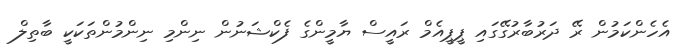
އެހެންކަމުން ރޭ ދަރުބާރުގޭގައި ޕީޕީއެމް ރައީސް ޔާމީންގެ ފެކްޝަނުން ނިންމި ނިންމުންތަކަކީ ބާތިލް